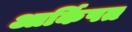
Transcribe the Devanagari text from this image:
आर्किषत